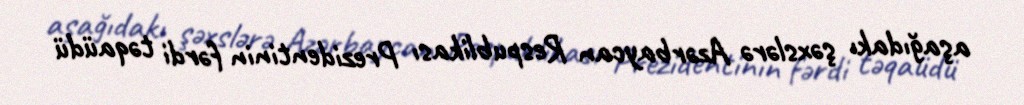
aşağıdakı şəxslərə Azərbaycan Respublikası Prezidentinin fərdi təqaüdü